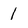
Character: 1